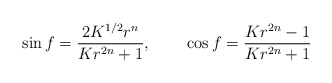
\begin{align*}\sin f=\frac{2K^{1/2}r^n}{Kr^{2n}+1},~~~~~~\cos f=\frac{Kr^{2n}-1}{Kr^{2n}+1}\end{align*}